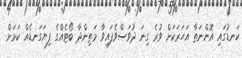
ކަނޑުގައި އޮންނަތާ އަހަރަކަށް ވުރެ ގިނަ ދުވަސްވެފައިވާ މަތިންދާ ބޯޓެއްގެ ފިޔަގަނޑެއް ކަމަށް